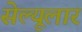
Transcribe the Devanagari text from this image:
सेल्यूलार